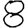
Digit: 8